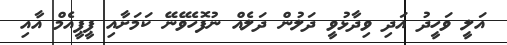
އަލީ ވަހީދު އަދި ވިދާޅުވީ ދަލުން ދަލެއް ނުފޮހެވޭނޭ ކަމަށާއި ޕީޕީއެމް އާއި